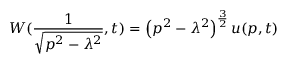
W ( \frac { 1 } { \sqrt { p ^ { 2 } - \lambda ^ { 2 } } } , t ) = \left( p ^ { 2 } - \lambda ^ { 2 } \right) ^ { \frac { 3 } { 2 } } u ( p , t )